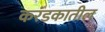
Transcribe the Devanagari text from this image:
करंडकातील